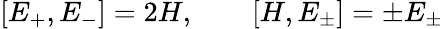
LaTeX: [E_{+},E_{-}]=2H,\quad\quad[H,E_{\pm}]=\pm E_{\pm}